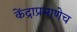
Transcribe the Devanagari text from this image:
केंद्राप्रमाणेच